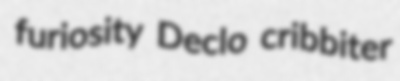
furiosity Declo cribbiter